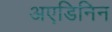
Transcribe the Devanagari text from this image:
अएडिनिन